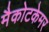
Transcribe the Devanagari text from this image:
मैकोटकेमर